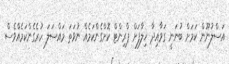
އަސްލުނޫން ކަމަށް ބުނަނީ ގަވާއިދާ ޚިލާފަށް ޕްރިންޓް ކޮށްގެންކަމެއް ނުވަތަ މައްސަލަ ހުރެގެންކަމެއްވެސް